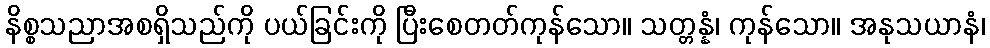
နိစ္စသညာအစရှိသည်ကို ပယ်ခြင်းကို ပြီးစေတတ်ကုန်သော။ သတ္တန္နံ၊ ကုန်သော။ အနုသယာနံ၊